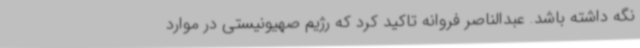
نگه داشته باشد. عبدالناصر فروانه تاکید کرد که رژیم صهیونیستی در موارد